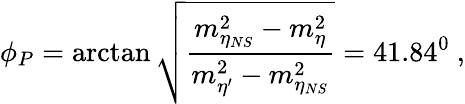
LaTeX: \phi_{P}=\arctan\sqrt{\frac{m_{\eta_{NS}}^{2}-m_{\eta}^{2}}{m_{\eta^{\prime}}^{2}-m_{\eta_{NS}}^{2}}}=41.84^{0}~,